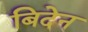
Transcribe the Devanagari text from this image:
बिदेन